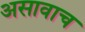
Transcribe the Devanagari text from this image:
असावाच